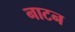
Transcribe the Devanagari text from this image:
नाटन